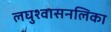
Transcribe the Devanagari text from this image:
लघुश्वासनलिका